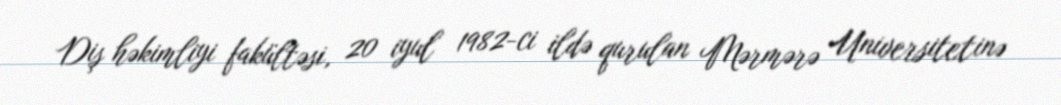
Diş həkimliyi fakültəsi, 20 iyul 1982-ci ildə qurulan Mərmərə Universitetinə